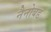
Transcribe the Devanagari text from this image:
नैनोबड